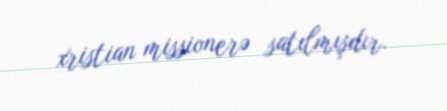
xristian missionerə satılmışdır.